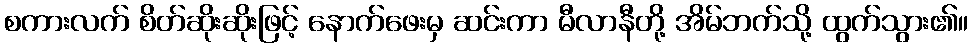
စကားလက် စိတ်ဆိုးဆိုးဖြင့် နောက်ဖေးမှ ဆင်းကာ မီလာနီတို့ အိမ်ဘက်သို့ ထွက်သွား၏။